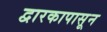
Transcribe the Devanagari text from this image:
द्वारकापासून